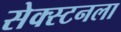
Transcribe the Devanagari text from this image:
सेक्स्टनला